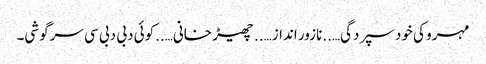
مہرو کی خود سپردگی…..نازور انداز…..چھیڑ خانی…..کوئی دبی دبی سی سرگوشی۔